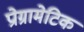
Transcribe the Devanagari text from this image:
प्रोग्रामेटिक